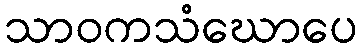
သာဝကသံဃောပေ